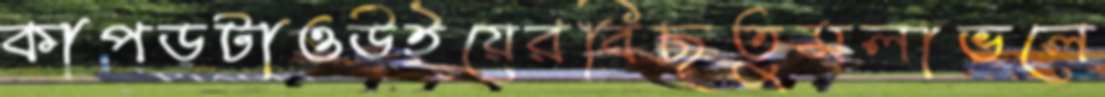
কাপড়টাওউইয়েরবিছতুমলাভলে